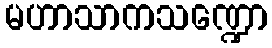
မဟာသာကသဏ္ဍော